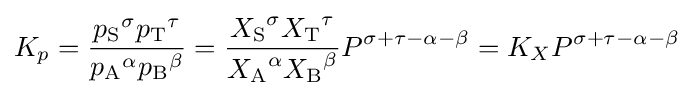
K_{p}={\frac {{p_{\mathrm {S} }}^{\sigma }{p_{\mathrm {T} }}^{\tau }}{{p_{\mathrm {A} }}^{\alpha }{p_{\mathrm {B} }}^{\beta }}}={\frac {{X_{\mathrm {S} }}^{\sigma }{X_{\mathrm {T} }}^{\tau }}{{X_{\mathrm {A} }}^{\alpha }{X_{\mathrm {B} }}^{\beta }}}P^{\sigma +\tau -\alpha -\beta }=K_{X}P^{\sigma +\tau -\alpha -\beta }